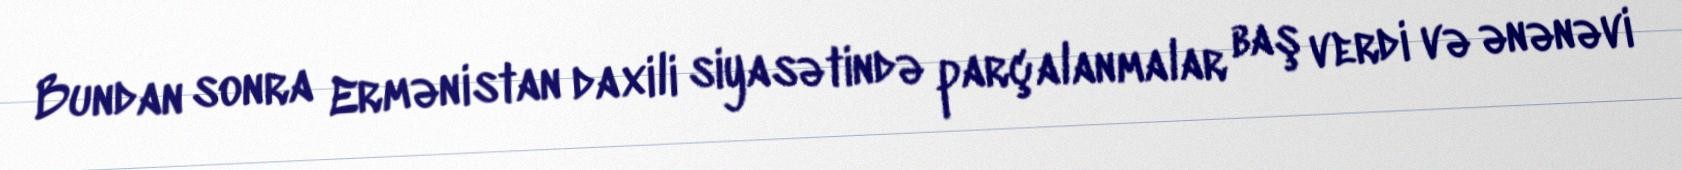
Bundan sonra Ermənistan daxili siyasətində parçalanmalar baş verdi və ənənəvi